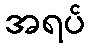
အရပ်